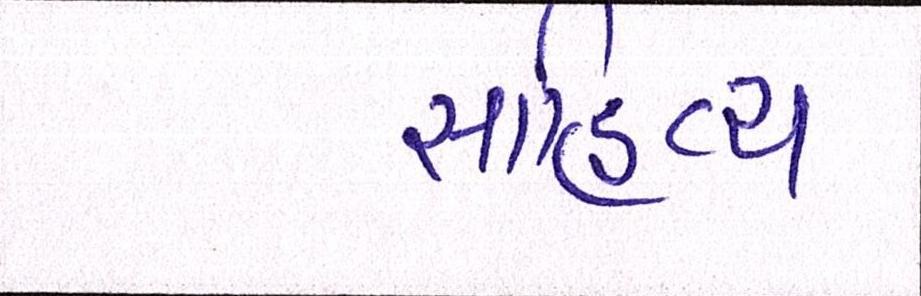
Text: સાહિત્ય